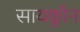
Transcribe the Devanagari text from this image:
सायक्लॉन